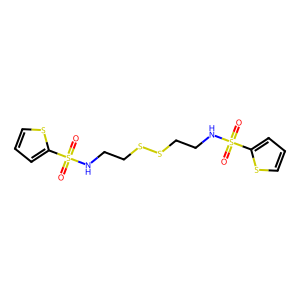
SMILES: O=S(=O)(NCCSSCCNS(=O)(=O)c1cccs1)c1cccs1
Inhibits HIV replication: No